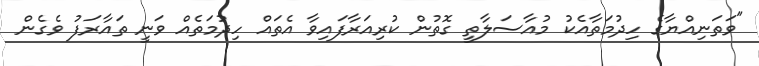
"ވަތަނިއްޔާގެ ހިދުމަތާއެކު މުއާސަލާތީ ގޮތުން ކުރިއަރާފައިވާ އެތައް ހިދުމަތެއް ވަނީ ތައާރަފު ވެގެން